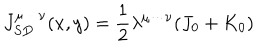
J _ { S D } ^ { \mu \cdots \nu } ( x , y ) = \frac { 1 } { 2 } \lambda ^ { \mu \cdots \nu } ( J _ { 0 } + K _ { 0 } )